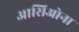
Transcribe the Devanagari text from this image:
आसिओना